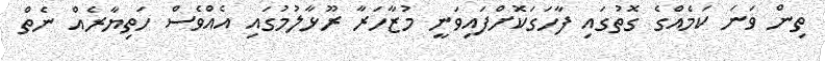
ތިން ވަނަ ކަމެއްގެ ގޮތުގައި ފާހަގަކޮށްފައިވަނީ މުޒާހަރާ ރޫޅާލުމުގައި އެއްވެސް ހަތިޔާރެއް ނެތް